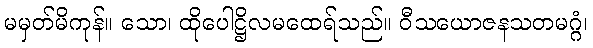
မမှတ်မိကုန်။ သော၊ ထိုပေါဋ္ဌိလမထေရ်သည်။ ဝီသယောဇနသတမဂ္ဂံ၊